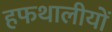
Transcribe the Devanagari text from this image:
हफथालीयों